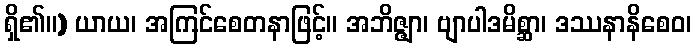
ရှိ၏။) ယာယ၊ အကြင်စေတနာဖြင့်။ အဘိဇ္ဇျာ၊ ဗျာပါဒမိစ္ဆာ၊ ဒဿနာနိစေဝ၊